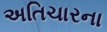
અતિચારના